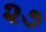
૨૭